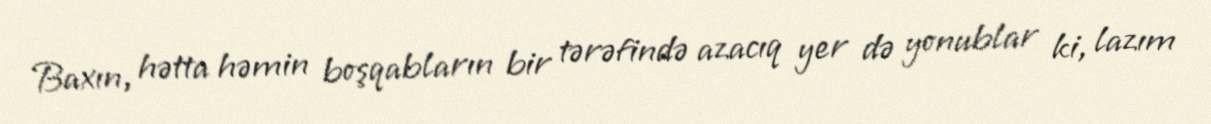
Baxın, hətta həmin boşqabların bir tərəfində azacıq yer də yonublar ki, lazım